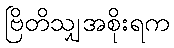
ဗြိတိသျှအစိုးရက